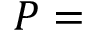
{ \boldsymbol { P } } =